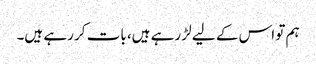
ہم تو اس کے لیے لڑ رہے ہیں، بات کر رہے ہیں۔